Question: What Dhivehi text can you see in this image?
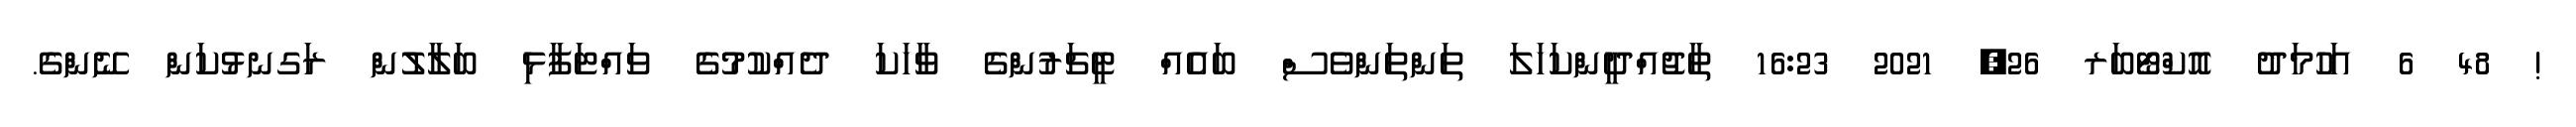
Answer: ! 48 6 އަހުމަދު އޮކްޓޯބަރ 26, 2021 16:23 ތާޖުއްދީންކަހަލަ ތަންތަންވެސް ބައެއް ޓީޗަރުންގެ ވާހަކަ ދެއްކުމުގެ ވައްޓަފާޅި ބަލާލުން ރަގނޅުކަން ނޭންގެ.